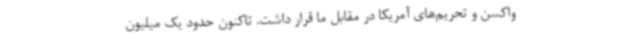
واکسن و تحریم‌های آمریکا در مقابل ما قرار داشت. تاکنون حدود یک میلیون